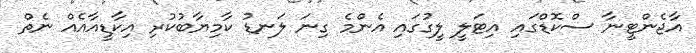
އާޖެންޓީނާ ސްކޮޑްގައި އިޓަލީ ލީގުގައި އެންމެ ގިނަ ލަނޑު ކާމިޔާބުކުރި އިކާޑީއާއެއް ނެތް